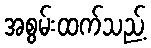
အစွမ်းထက်သည့်